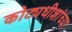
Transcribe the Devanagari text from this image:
कोट्यधीशांच्या